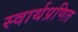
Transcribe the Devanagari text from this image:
स्वार्थप्रणित